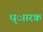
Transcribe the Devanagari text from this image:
ध्ाारक